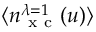
\langle n _ { \mathrm { ~ x ~ c ~ } } ^ { \lambda = 1 } ( u ) \rangle